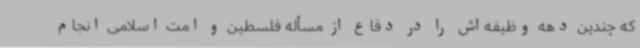
که چندین دهه وظیفه‌اش را در دفاع از مسأله فلسطین و امت اسلامی انجام